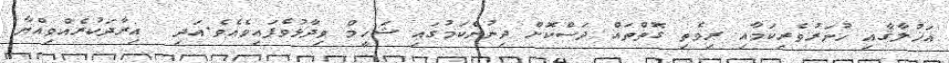
އަޚުލާޤާއި ހުނަރުވެރިކަމާއި ރިވެތި ގޮތްތައް ދަސްކޮށް ދިނުންކަމުގައި ޝަހީމް ވިދާޅުވެފައިވެއެވެ.އަދި  އިރާދަކުރެއްވިއްޔާ